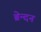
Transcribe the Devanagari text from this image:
ब्रेन्दन